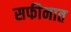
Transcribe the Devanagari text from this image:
सफीनात